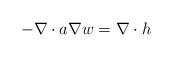
LaTeX: \begin{align*}-\nabla\cdot a\nabla w=\nabla\cdot h\end{align*}